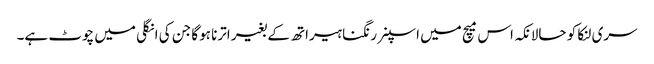
سری لنکا کو حالانکہ اس میچ میں اسپنر رنگنا ہیراتھ کے بغیر اترنا ہوگا جن کی انگلی میں چوٹ ہے۔